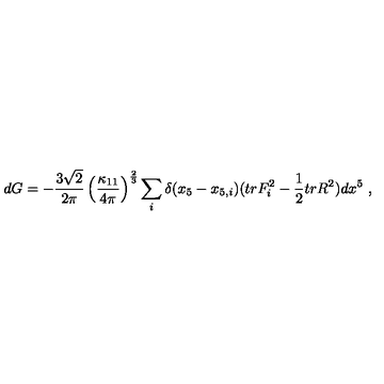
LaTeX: d G = - { \frac { 3 \sqrt 2 } { 2 \pi } } \left( \frac { \kappa _ { 1 1 } } { 4 \pi } \right) ^ { \frac { 2 } { 3 } } \sum _ { i } \delta ( x _ { 5 } - x _ { 5 , i } ) ( t r F _ { i } ^ { 2 } - { \frac { 1 } { 2 } } t r R ^ { 2 } ) d x ^ { 5 } \ ,